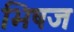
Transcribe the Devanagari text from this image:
भिषज